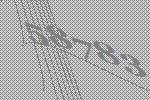
58783